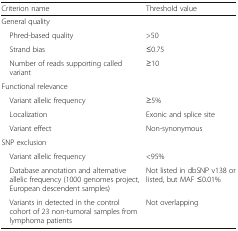
<table><thead><tr><td><b>Criterion name</b></td><td><b>Threshold value</b></td></tr></thead><tbody><tr><td colspan="2">General quality</td></tr><tr><td> Phred-based quality</td><td>&gt;50</td></tr><tr><td> Strand bias</td><td>≤0.75</td></tr><tr><td> Number of reads supporting called variant</td><td>≥10</td></tr><tr><td colspan="2">Functional relevance</td></tr><tr><td> Variant allelic frequency</td><td>≥5%</td></tr><tr><td> Localization</td><td>Exonic and splice site</td></tr><tr><td> Variant effect</td><td>Non-synonymous</td></tr><tr><td colspan="2">SNP exclusion</td></tr><tr><td> Variant allelic frequency</td><td>&lt;95%</td></tr><tr><td> Database annotation and alternative allelic frequency (1000 genomes project, European descendent samples)</td><td>Not listed in dbSNP v138 or listed, but MAF ≤0.01%</td></tr><tr><td> Variants in detected in the control cohort of 23 non-tumoral samples from lymphoma patients</td><td>Not overlapping</td></tr></tbody></table>